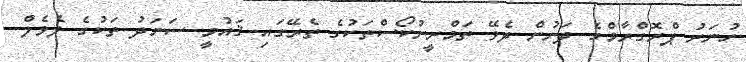
ހުނަރު ޕްރޮގްރާމްގެ ދަށުން ދެވޭ ތަމްރީނުކޯސްތަކުގެ ތެރޭގައި ޤައުމީ ސަނަދު ތަކުގެ ލެވެލް